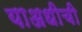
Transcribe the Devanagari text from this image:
याअधीची